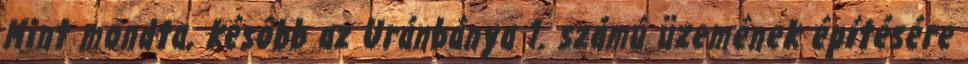
Mint mondta, késôbb az Uránbánya 1. számú üzemének építésére